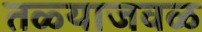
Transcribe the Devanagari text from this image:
तळ्याजवळ